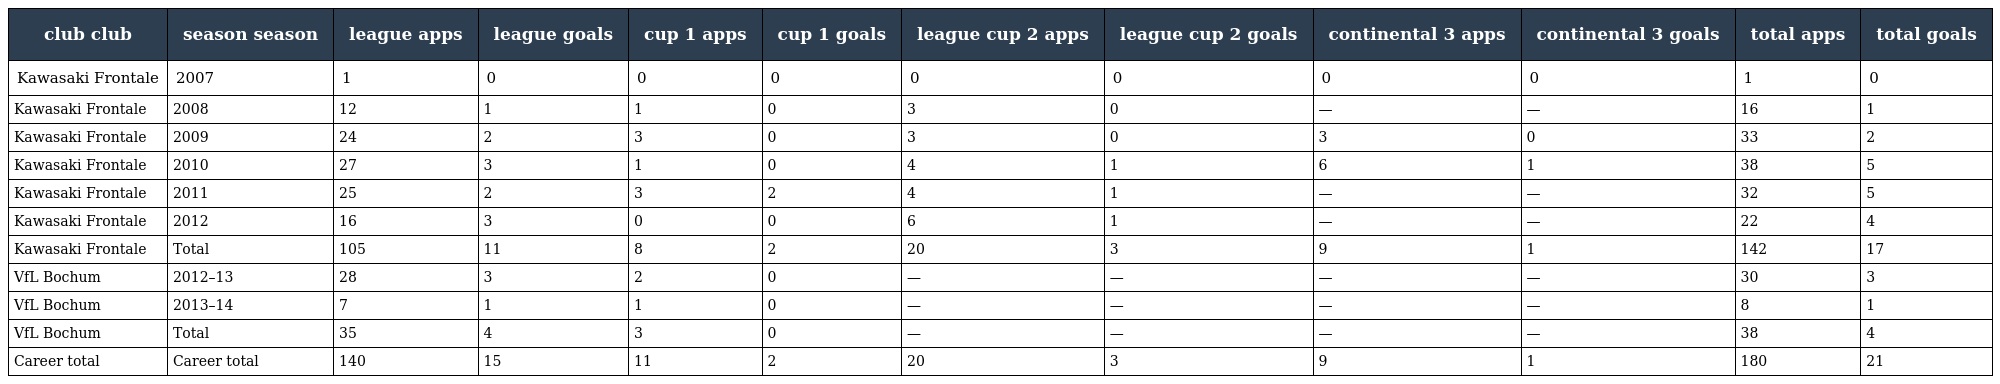
| club club | season season | league apps | league goals | cup 1 apps | cup 1 goals | league cup 2 apps | league cup 2 goals | continental 3 apps | continental 3 goals | total apps | total goals |
 | --- | --- | --- | --- | --- | --- | --- | --- | --- | --- | --- | --- |
 | Kawasaki Frontale | 2007 | 1 | 0 | 0 | 0 | 0 | 0 | 0 | 0 | 1 | 0 |
 | Kawasaki Frontale | 2008 | 12 | 1 | 1 | 0 | 3 | 0 | — | — | 16 | 1 |
 | Kawasaki Frontale | 2009 | 24 | 2 | 3 | 0 | 3 | 0 | 3 | 0 | 33 | 2 |
 | Kawasaki Frontale | 2010 | 27 | 3 | 1 | 0 | 4 | 1 | 6 | 1 | 38 | 5 |
 | Kawasaki Frontale | 2011 | 25 | 2 | 3 | 2 | 4 | 1 | — | — | 32 | 5 |
 | Kawasaki Frontale | 2012 | 16 | 3 | 0 | 0 | 6 | 1 | — | — | 22 | 4 |
 | Kawasaki Frontale | Total | 105 | 11 | 8 | 2 | 20 | 3 | 9 | 1 | 142 | 17 |
 | VfL Bochum | 2012–13 | 28 | 3 | 2 | 0 | — | — | — | — | 30 | 3 |
 | VfL Bochum | 2013–14 | 7 | 1 | 1 | 0 | — | — | — | — | 8 | 1 |
 | VfL Bochum | Total | 35 | 4 | 3 | 0 | — | — | — | — | 38 | 4 |
 | Career total | Career total | 140 | 15 | 11 | 2 | 20 | 3 | 9 | 1 | 180 | 21 |